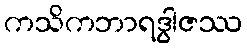
ကသိကဘာရဒွါဇဿ